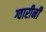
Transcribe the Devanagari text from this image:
ग्वारीनी